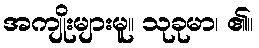
အကျိုးများမူ။ သုခုမာ၊ ၏။